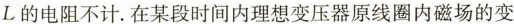
L的电阻不计。在某段时间内理想变压器原线圈内磁场的变